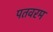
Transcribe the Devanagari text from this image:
पतवरम